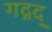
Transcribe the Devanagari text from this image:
गद्गद्